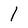
Character: l